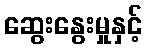
ဆွေးနွေးမှုနှင့်